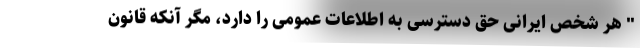
" هر شخص ایرانی حق دسترسی به اطلاعات عمومی را دارد، مگر آنکه قانون